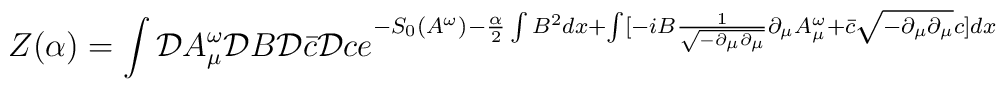
Z(\alpha)=\int{\cal D}A^{\omega}_{\mu}{\cal D}B{\cal D}\bar{c}{\cal D}c e^{-S_{0}(A^{\omega})-\frac{\alpha}{2}\int B^{2}dx +\int[-iB\frac{1}{\sqrt{-\partial_{\mu}\partial_{\mu}}}\partial_{\mu}A^{\omega}_{\mu} +\bar{c}\sqrt{-\partial_{\mu}\partial_{\mu}}c]dx}